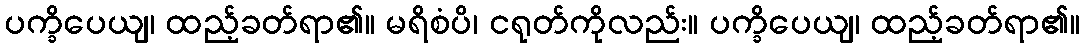
ပက္ခိပေယျ၊ ထည့်ခတ်ရာ၏။ မရိစံပိ၊ ငရုတ်ကိုလည်း။ ပက္ခိပေယျ၊ ထည့်ခတ်ရာ၏။